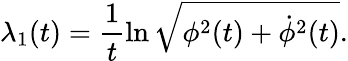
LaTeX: \lambda_{1}(t)=\frac{1}{t}\ln\sqrt{\phi^{2}(t)+\dot{\phi}^{2}(t)}.